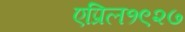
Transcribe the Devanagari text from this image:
एप्रिल१९२७